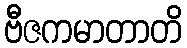
ဗီဇကမာတာတိ